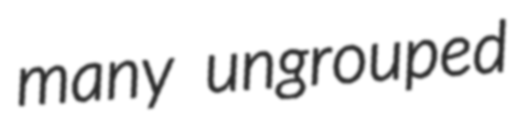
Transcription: many ungrouped